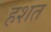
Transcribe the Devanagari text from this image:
हशत